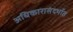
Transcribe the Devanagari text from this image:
अधिकारासंदर्भात